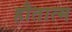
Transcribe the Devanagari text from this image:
हौतात्म